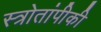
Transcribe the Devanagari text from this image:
स्त्रोतांपीकी